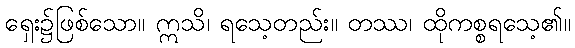
ရှေး၌ဖြစ်သော။ ဣသိ၊ ရသေ့တည်း။ တဿ၊ ထိုကစ္စရသေ့၏။